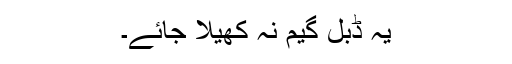
یہ ڈبل گیم نہ کھیلا جائے۔